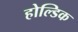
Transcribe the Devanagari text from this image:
होल्डिक